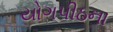
યોગપીઠના